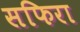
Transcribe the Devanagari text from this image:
सफिरा